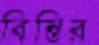
বিন্তির